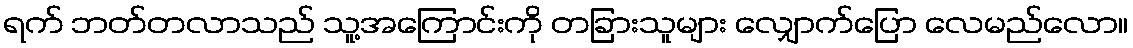
ရက် ဘတ်တလာသည် သူ့အကြောင်းကို တခြားသူများ လျှောက်ပြော လေမည်လော။